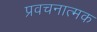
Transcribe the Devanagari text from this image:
प्रवचनात्मक